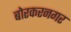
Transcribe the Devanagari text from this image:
बोरकरनगर